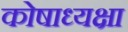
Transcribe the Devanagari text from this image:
कोषाध्यक्षा